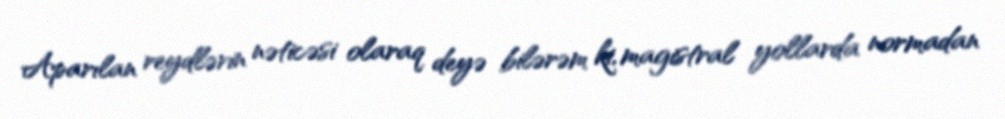
Aparılan reydlərin nəticəsi olaraq deyə bilərəm ki, magistral yollarda normadan